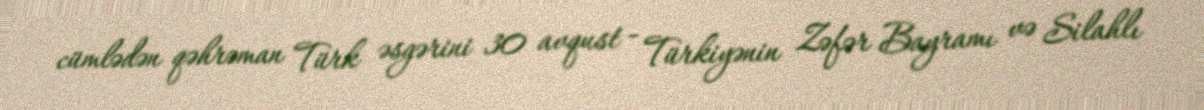
cümlədən qəhrəman Türk əsgərini 30 avqust - Türkiyənin Zəfər Bayramı və Silahlı